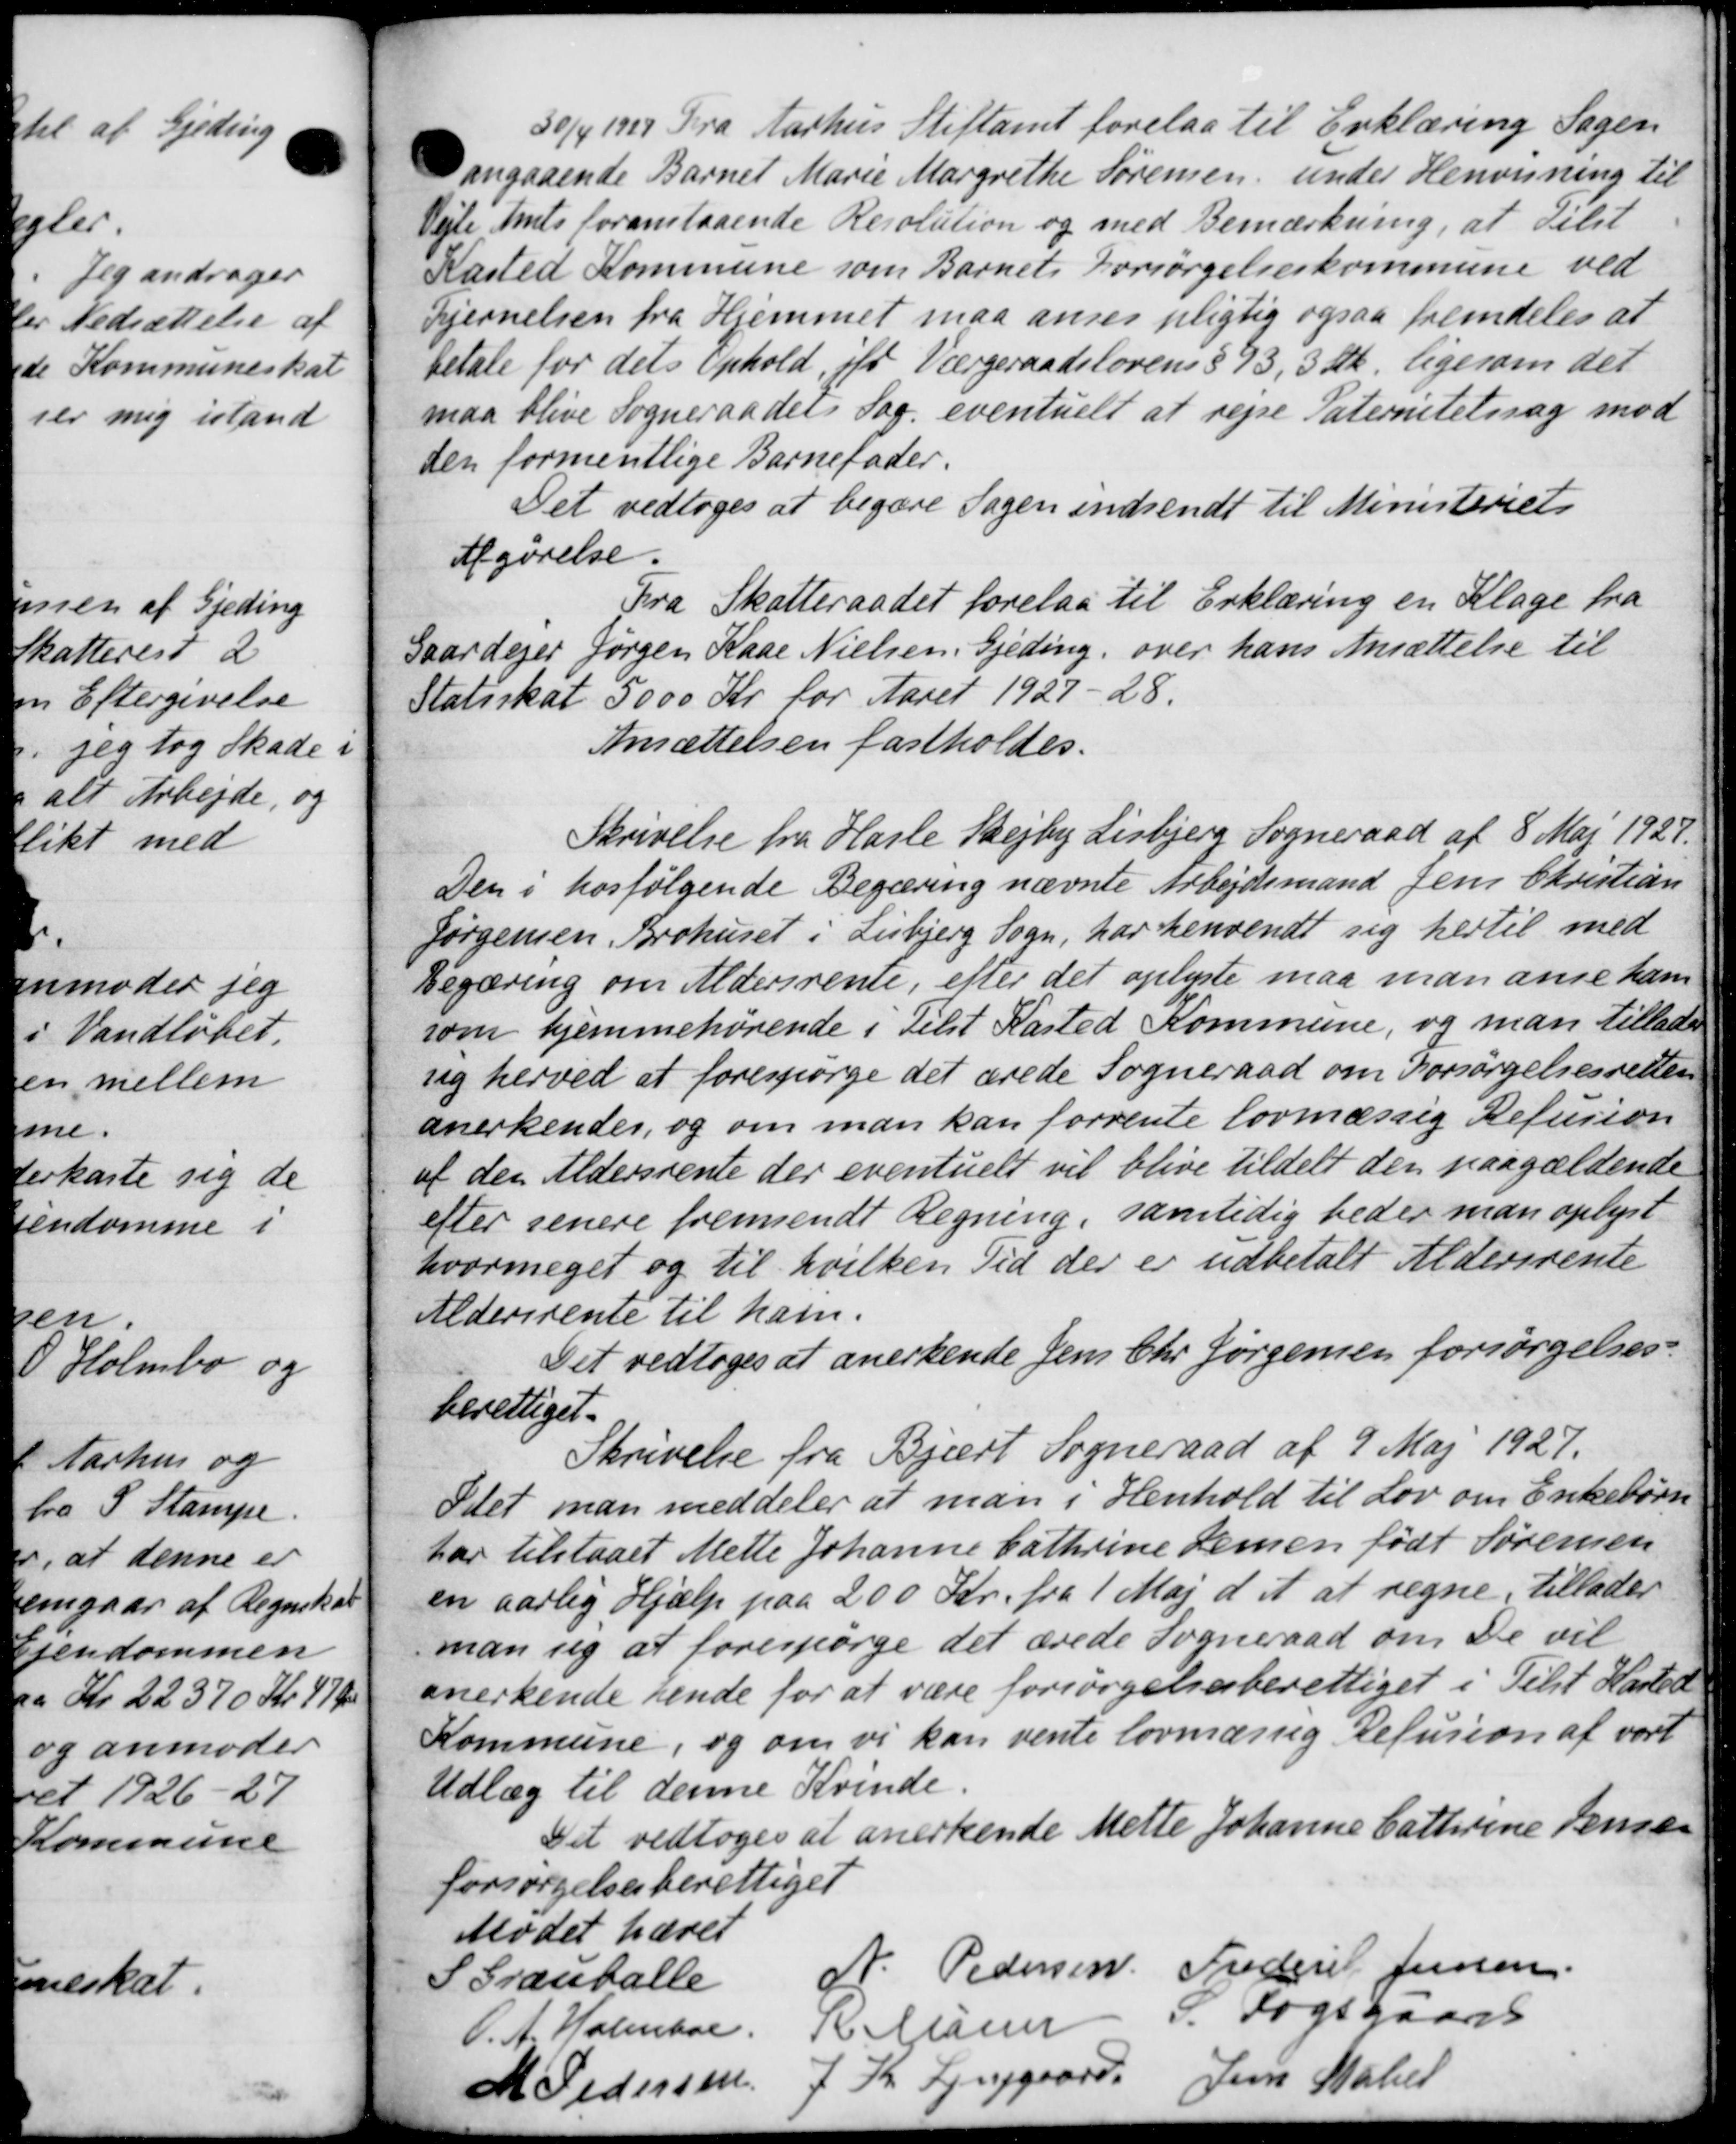
Transskription:
30/4 1929 Fra Aarhus Stiftamt forelaa til Erklæring Sagen
angaaende Barnet Marie Margrethe Sørensen, under Henvisning til
Vejle Amts foranstaaende Resolution og med Bemærkning, at tilst
Kasted Kommune som Barnets Forsørgelseskommune ved
Fjernelsen fra Hjemmet maa anses pligtig ogsaa fremdeles at
betale for dets Ophold, ifr Værgeraadslovens § 93, 3 Sk. ligesom det
maa blive Sogneraadets Sag eventuelt at rejse Paternitetssag mod
den formentlige Barnefader.
Det vedtoges at begære Sagen indsendt til Ministeriets
Afgørelse.
Fra Skatteraadet forelaa til Erklæring en Klage fra
Gaardejer Jørgen Kase Nielsen, Gjeding, over hans Ansættelse til
Statsskat 5000 Kr for Aaret 1927-28.
Ansættelsen fastholdes.
Skrivelse fra Hasle Skejby Lisbjerg Sogneraad af 8 Maj 1929.
Den i hosfølgende Begæring nævnte Arbejdsmand Jens Christian
Jørgensen, Brohuset i Lisbjerg Sogn, har henvendt sig hertil med
Begæring om Aldersrente, efter det oplyste maa man anse ham
som hjemmehørende i Tilst Kasted Kommune, og man tillade
sig herved at forespørge det ærede Sogneraad om Forsørgelsesretten
anerkendes, og om man kan forrente lovmæssig Refusion
af den Aldersrente der eventuelt vil blive tildelt den paagældende
efter senere fremsendt Regning, samtidig beder man oplyst
hvormeget og til hvilken Tid der er udbetalt Aldersrente
Aldersrente til ham.
Det vedtoges at anerkende Jens Chr Jørgensen forsørgelses-
berettiget.
Skrivelse fra Bjært Sogneraad af 9 Maj 1927.
Idet man meddeler at man i Henhold til Lov om Enkebørn
har tilstaaet Mette Johanne Cathrine Semen født Sørensen
en aarlig Hjælp paa 200 Kr. fra 1 Maj d. A. at regne, tillader
man sig at forespørge det ærede Sogneraad om De vil
anerkende sende for at være forsørgelsesberettiget i Tilst Hasted
Kommune, og om vi kan vente lovmæssig Refusion af vort
Udlæg til denne Kvinde.
Det vedtoges at anerkende Mette Johanne Cathrine Jensen
forsørgelsesberettiget
Mødet hævet
S Grantalle
 Pedersen
Frederik Jensen
O.A. Holmboe.
HC Maren
S. Fogsgaards
M Pedersen
7 Kr Fjerggaard
Jens Statser